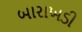
બારાખડી